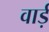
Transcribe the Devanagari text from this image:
वार्ड़